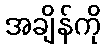
အချိန်ကို